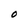
Character: O